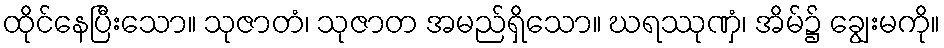
ထိုင်နေပြီးသော။ သုဇာတံ၊ သုဇာတ အမည်ရှိသော။ ဃရဿုဏှံ၊ အိမ်၌ ချွေးမကို။